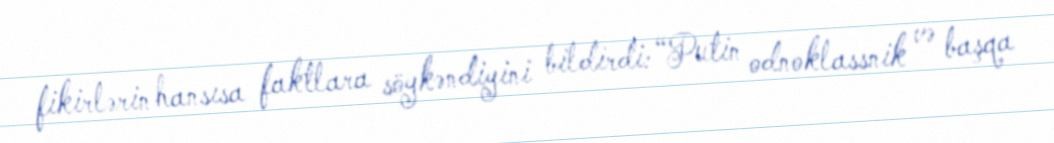
fikirlərin hansısa faktlara söykəndiyini bildirdi: “Putin odnoklassnik və başqa